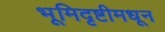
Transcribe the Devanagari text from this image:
भूमिदृष्टीमधून